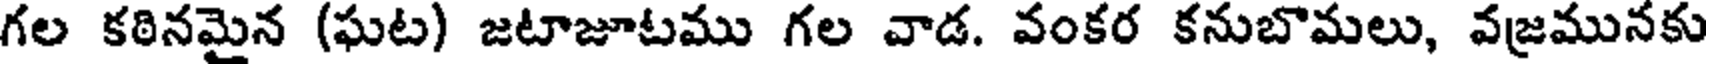
గల కఠినమైన (ఘట) జటాజూటము గల వాడ. వంకర కనుబొమలు, వజ్రమునకు